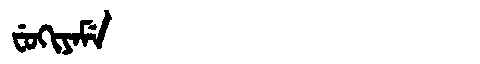
Manchu: ᠸᡠᡴᡳᠶᠠᠮᡝ
Romanization: FUKIYAME